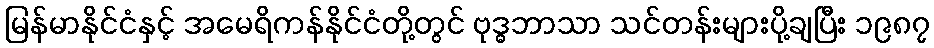
မြန်မာနိုင်ငံနှင့် အမေရိကန်နိုင်ငံတို့တွင် ဗုဒ္ဓဘာသာ သင်တန်းများပို့ချပြီး ၁၉၈၇